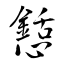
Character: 懖